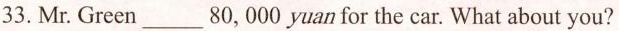
33.Mr.Green__80,000 yuan for the car. What about you?